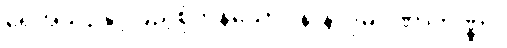
ရေအယဉ်နှင့်ပြည့်စုံကုန်သော။ နာနာဒုမဂဏာကိဏ္ဏာ၊